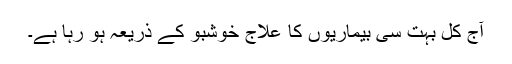
آج کل بہت سی بیماریوں کا علاج خوشبو کے ذریعہ ہو رہا ہے۔